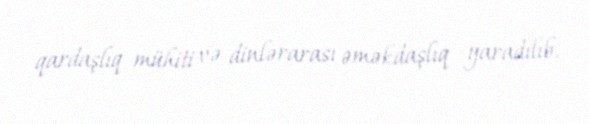
qardaşlıq mühiti və dinlərarası əməkdaşlıq yaradılıb.